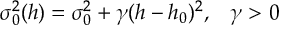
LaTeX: \sigma _ { 0 } ^ { 2 } ( h ) = \sigma _ { 0 } ^ { 2 } + \gamma ( h - h _ { 0 } ) ^ { 2 } , \; \; \; \gamma > 0